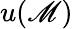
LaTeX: u(\mathscr{M})